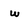
Character: w